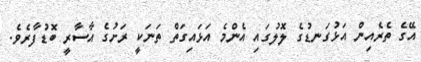
އޭގެ ތެރެއިން އަޅުގަނޑުގެ ލޮލުގައި އެންމެ އަޅައިގަތް ތަނަކީ ރަށުގެ އާސާރީ ބޮޑުފާރެެވެ.